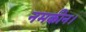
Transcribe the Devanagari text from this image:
नमकीन।